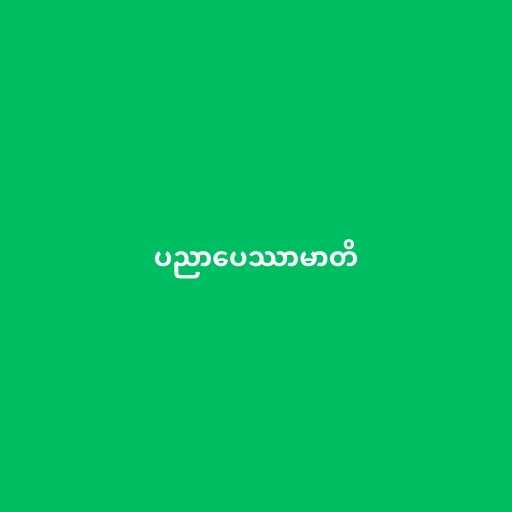
ပညာပေဿာမာတိ